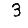
Digit: 3